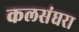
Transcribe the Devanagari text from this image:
कलसंघरा